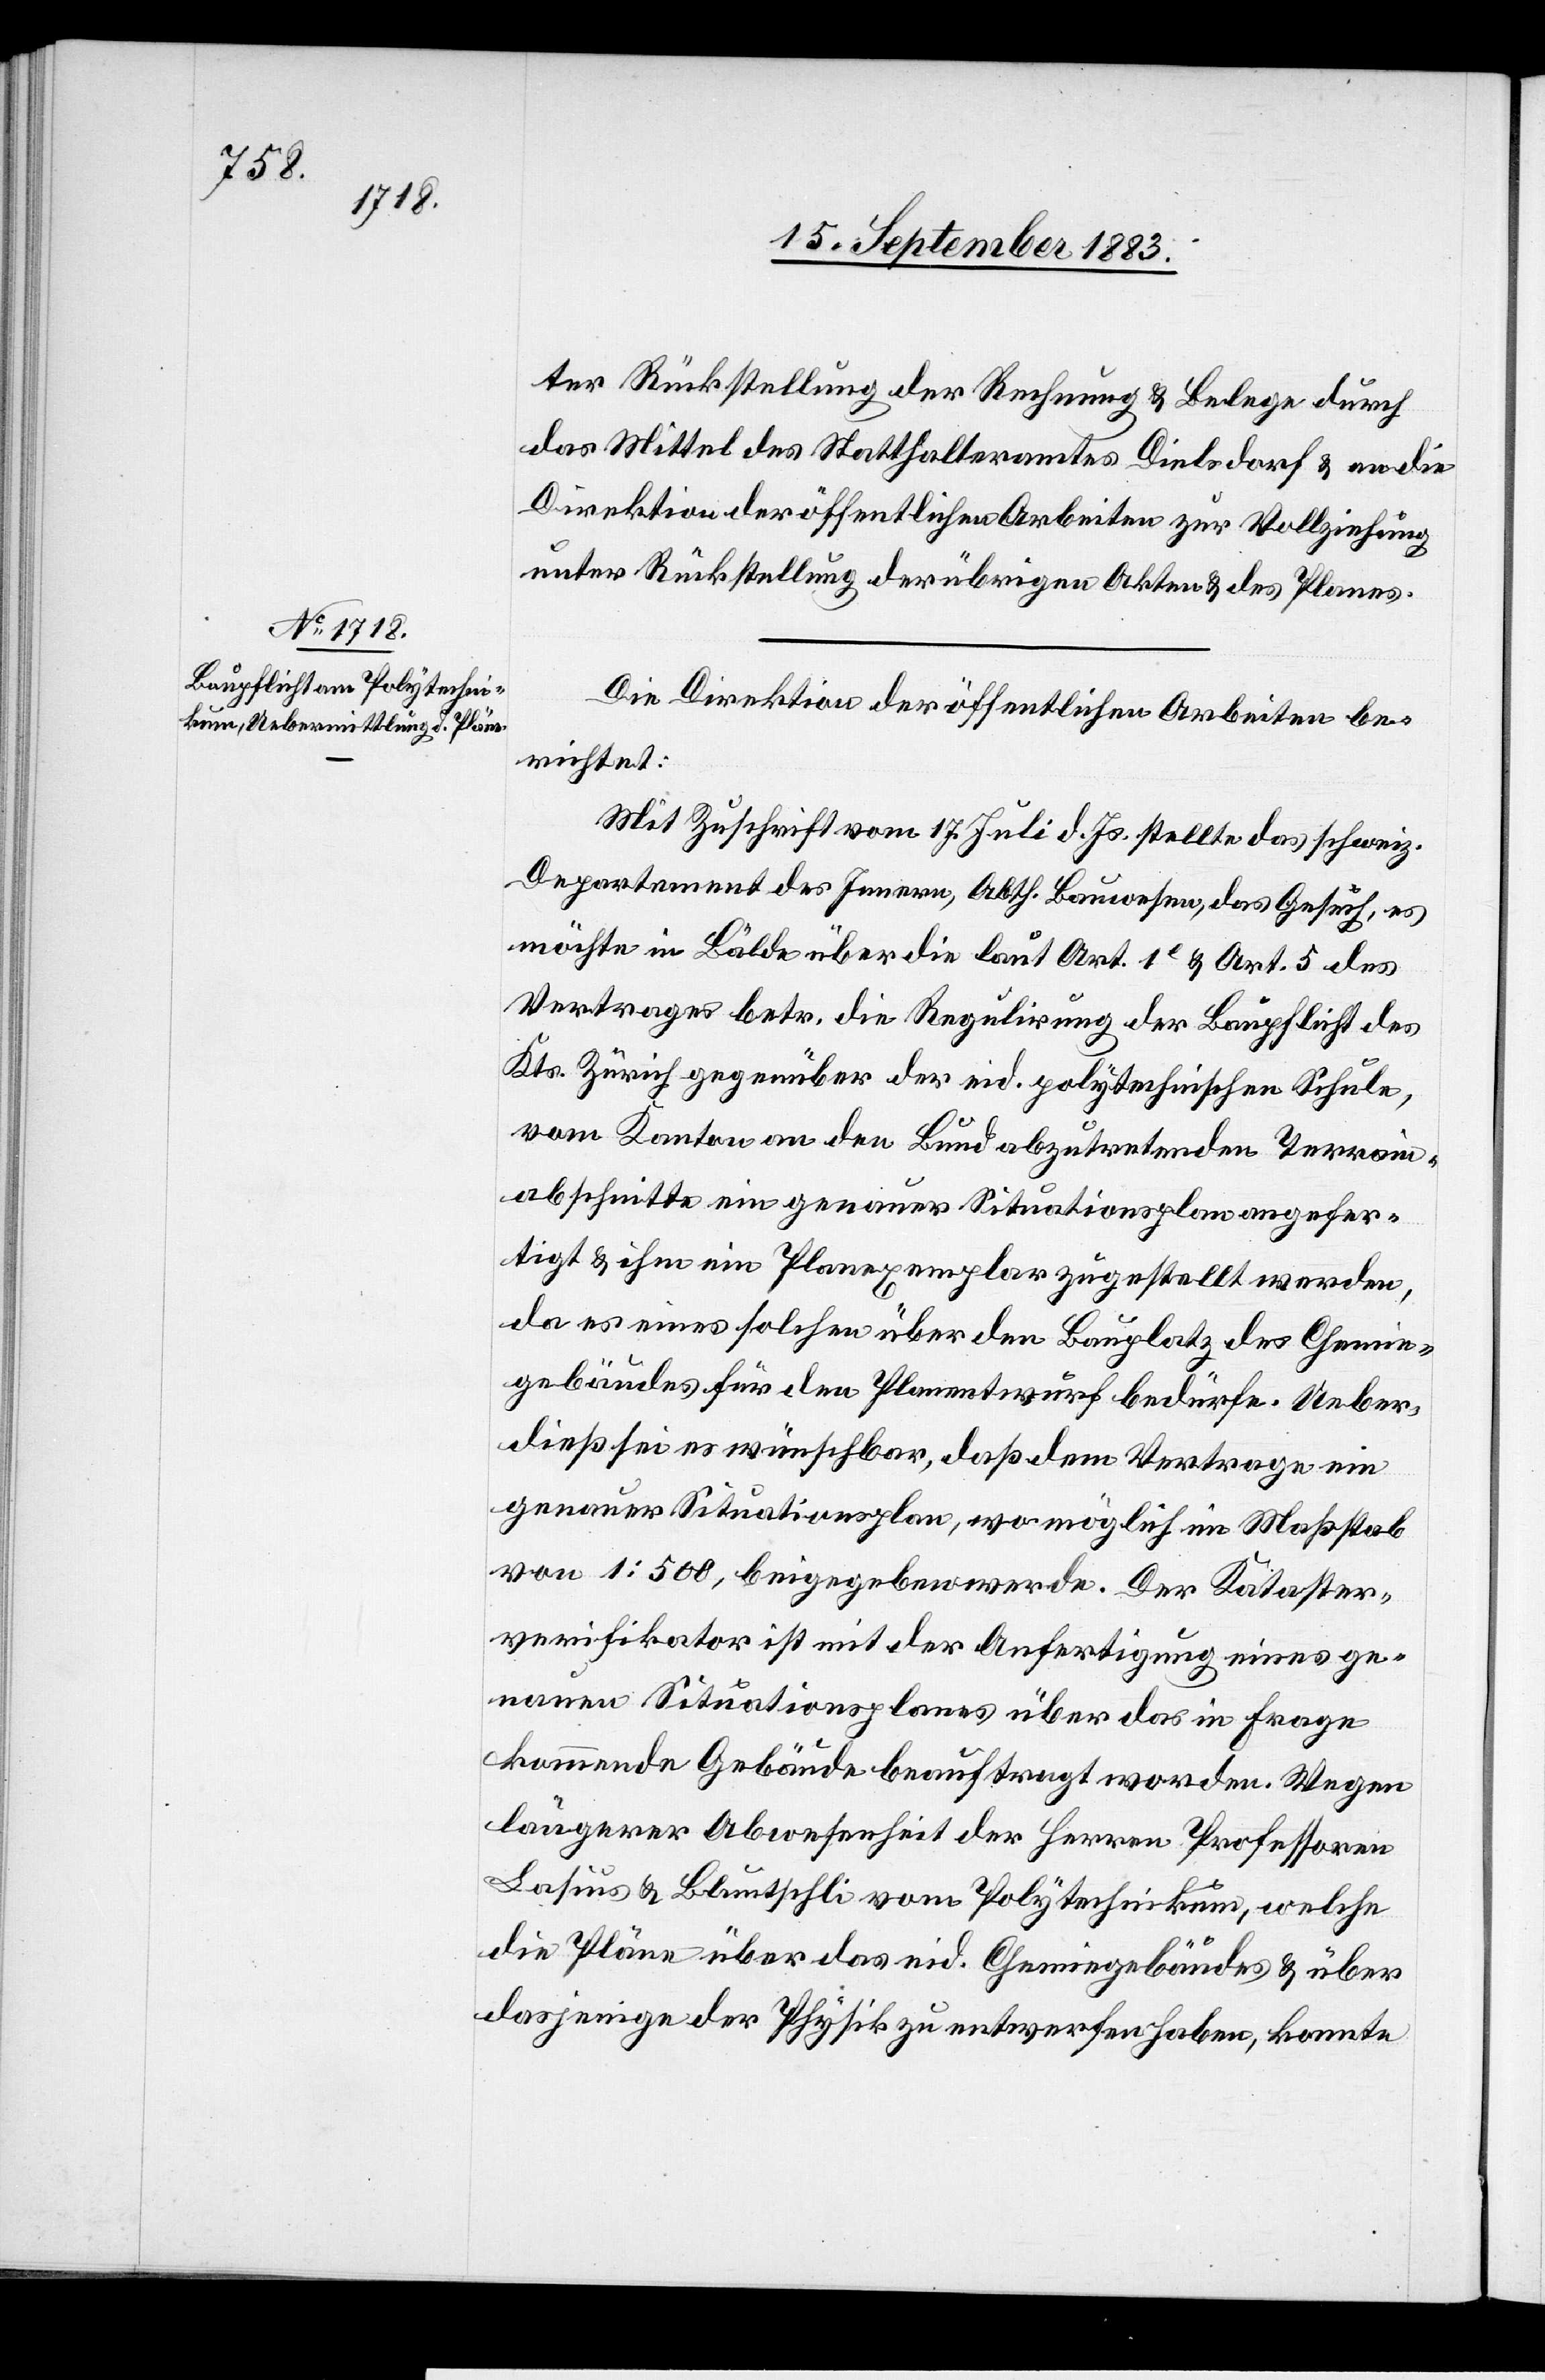
ter Rückstellung der Rechnung & Belege durch
das Mittel des Statthalteramtes Dielsdorf & an die
Direktion der öffentlichen Arbeiten zur Vollziehung
unter Rückstellung der übrigen Akten & des Planes.
Die Direktion der öffentlichen Arbeiten be¬
richtet:
Mit Zuschrift vom 17. Juli d. Js. stellte das schweiz.
Departement des Innern, Abth. Bauwesen, das Gesuch, es
möchte in Bälde über die laut Art. 1[?e] & Art. 5 des
Vertrages betr. die Regulirung der Baupflicht des
Kts. Zürich gegenüber der eid. polytechnischen Schule,
vom Kanton an den Bund abzutretenden Terrain¬
abschnitte ein genauer Situationsplan angefer¬
tigt & ihm ein Planexemplar zugestellt werden,
da es eines solchen über den Bauplatz des Chemie¬
gebäudes für den Planentwurf bedürfe. Ueber¬
dieß sei es wünschbar, daß dem Vertrage ein
genauer Situationsplan, wo möglich im Maßstab
von 1:500, beigegeben werde. Der Kataster¬
verifikator ist mit der Anfertigung eines ge¬
nauen Situationsplanes über das in Frage
kommende Gebäude beauftragt worden. Wegen
längerer Abwesenheit der Herren Professoren
Lasius & Bluntschli vom Polytechnikum, welche
die Pläne über das eid. Chemiegebäudes [sic!] & über
dasjenige der Physik zu entwerfen haben, konnte